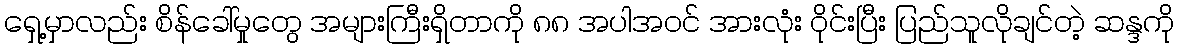
ရှေ့မှာလည်း စိန်ခေါ်မှုတွေ အများကြီးရှိတာကို ၈၈ အပါအဝင် အားလုံး ဝိုင်းပြီး ပြည်သူလိုချင်တဲ့ ဆန္ဒကို